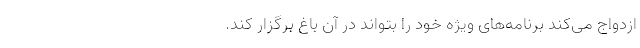
ازدواج می‌کند برنامه‌های ویژه خود را بتواند در آن باغ برگزار کند.